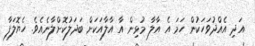
އަދި އެއްދުވަހަކުން ހަމަ އެ އާލާ މުޅިން އާ އާލާއަކަށް ބަދަލުކޮށްލާނެއެވެ. ހެޔޮލަފާ